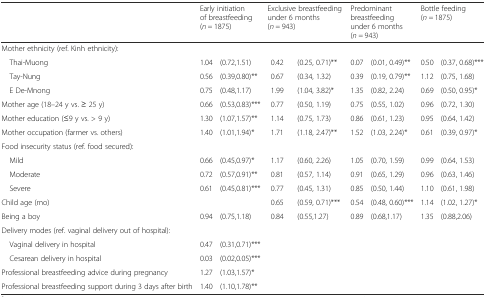
<table><thead><tr><td></td><td colspan="2"><b>Early initiation of breastfeeding (<i>n =</i> 1875)</b></td><td colspan="2"><b>Exclusive breastfeeding under 6 months (<i>n =</i> 943)</b></td><td colspan="2"><b>Predominant breastfeeding under 6 months(<i>n =</i> 943)</b></td><td colspan="2"><b>Bottle feeding(<i>n =</i> 1875)</b></td></tr></thead><tbody><tr><td colspan="9">Mother ethnicity (ref. Kinh ethnicity):</td></tr><tr><td> Thai-Muong</td><td>1.04</td><td>(0.72,1.51)</td><td>0.42</td><td>(0.25, 0.71)**</td><td>0.07</td><td>(0.01, 0.49)**</td><td>0.50</td><td>(0.37, 0.68)***</td></tr><tr><td> Tay-Nung</td><td>0.56</td><td>(0.39,0.80)**</td><td>0.67</td><td>(0.34, 1.32)</td><td>0.39</td><td>(0.19, 0.79)**</td><td>1.12</td><td>(0.75, 1.68)</td></tr><tr><td> E De-Mnong</td><td>0.75</td><td>(0.48,1.17)</td><td>1.99</td><td>(1.04, 3.82)*</td><td>1.35</td><td>(0.82, 2.24)</td><td>0.69</td><td>(0.50, 0.95)*</td></tr><tr><td>Mother age (18–24 y vs. ≥ 25 y)</td><td>0.66</td><td>(0.53,0.83)***</td><td>0.77</td><td>(0.50, 1.19)</td><td>0.75</td><td>(0.55, 1.02)</td><td>0.96</td><td>(0.72, 1.30)</td></tr><tr><td>Mother education (≤9 y vs. &gt; 9 y)</td><td>1.30</td><td>(1.07,1.57)**</td><td>1.14</td><td>(0.75, 1.73)</td><td>0.86</td><td>(0.61, 1.23)</td><td>0.95</td><td>(0.64, 1.42)</td></tr><tr><td>Mother occupation (farmer vs. others)</td><td>1.40</td><td>(1.01,1.94)*</td><td>1.71</td><td>(1.18, 2.47)**</td><td>1.52</td><td>(1.03, 2.24)*</td><td>0.61</td><td>(0.39, 0.97)*</td></tr><tr><td colspan="9">Food insecurity status (ref. food secured):</td></tr><tr><td> Mild</td><td>0.66</td><td>(0.45,0.97)*</td><td>1.17</td><td>(0.60, 2.26)</td><td>1.05</td><td>(0.70, 1.59)</td><td>0.99</td><td>(0.64, 1.53)</td></tr><tr><td> Moderate</td><td>0.72</td><td>(0.57,0.91)**</td><td>0.81</td><td>(0.57, 1.14)</td><td>0.91</td><td>(0.65, 1.29)</td><td>0.96</td><td>(0.63, 1.46)</td></tr><tr><td> Severe</td><td>0.61</td><td>(0.45,0.81)***</td><td>0.77</td><td>(0.45, 1.31)</td><td>0.85</td><td>(0.50, 1.44)</td><td>1.10</td><td>(0.61, 1.98)</td></tr><tr><td>Child age (mo)</td><td></td><td></td><td>0.65</td><td>(0.59, 0.71)***</td><td>0.54</td><td>(0.48, 0.60)***</td><td>1.14</td><td>(1.02, 1.27)*</td></tr><tr><td>Being a boy</td><td>0.94</td><td>(0.75,1.18)</td><td>0.84</td><td>(0.55,1.27)</td><td>0.89</td><td>(0.68,1.17)</td><td>1.35</td><td>(0.88,2.06)</td></tr><tr><td colspan="9">Delivery modes (ref. vaginal delivery out of hospital):</td></tr><tr><td> Vaginal delivery in hospital</td><td>0.47</td><td>(0.31,0.71)***</td><td></td><td></td><td></td><td></td><td></td><td></td></tr><tr><td> Cesarean delivery in hospital</td><td>0.03</td><td>(0.02,0.05)***</td><td></td><td></td><td></td><td></td><td></td><td></td></tr><tr><td>Professional breastfeeding advice during pregnancy</td><td>1.27</td><td>(1.03,1.57)*</td><td></td><td></td><td></td><td></td><td></td><td></td></tr><tr><td>Professional breastfeeding support during 3 days after birth</td><td>1.40</td><td>(1.10,1.78)**</td><td></td><td></td><td></td><td></td><td></td><td></td></tr></tbody></table>